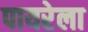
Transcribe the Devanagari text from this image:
पायरेला